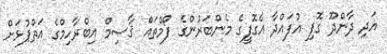
އަދި ދާންދޫ ގޮފި އުފައްދާ އެގޮފީގެ މެންބަރުންގެ ފޯމްތައް ޤާސިމް އިބްރާހިމްގެ އަތްޕުޅަށް